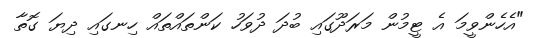
"އެހެންވީމަ އެ ޓީމުން މަރަދޫގައި ބުދަ ދުވަހު ކަންތައްތައް ހިނގައި ދިޔަ ގޮތާ